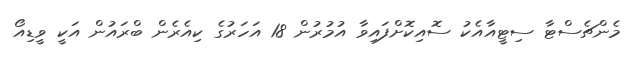
މެންޗެސްޓާ ސިޓީއާއެކު ސޮއިކޮށްފައިވާ އުމުރުން 18 އަހަރުގެ ކިއެރެން ބްރައުން އަކީ ވީޑިއޯ